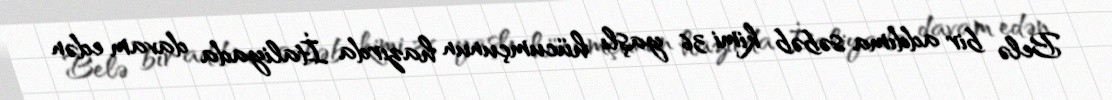
Belə bir addıma səbəb kimi 36 yaşlı hücumçunun hazırda İtaliyada davam edən